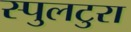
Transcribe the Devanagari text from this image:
स्पुलटुरा